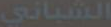
الشباني